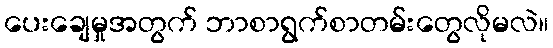
ပေးချေမှုအတွက် ဘာစာရွက်စာတမ်းတွေလိုမလဲ။